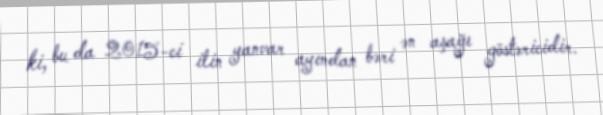
ki, bu da 2015-ci ilin yanvar ayından bəri ən aşağı göstəricidir.